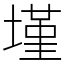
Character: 墐